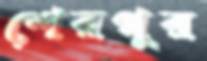
শেরপুর